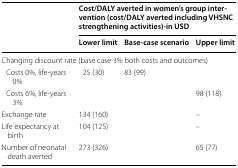
<table><thead><tr><td rowspan="2"></td><td colspan="3"><b>Cost/DALY averted in women’s group intervention (cost/DALY averted including VHSNC strengthening activities)-in USD</b></td></tr><tr><td><b>Lower limit</b></td><td><b>Base-case scenario</b></td><td><b>Upper limit</b></td></tr></thead><tbody><tr><td colspan="4">Changing discount rate (base case 3% both costs and outcomes)</td></tr><tr><td> Costs 0%, life-years 0%</td><td>25 (30)</td><td rowspan="5">83 (99)</td><td></td></tr><tr><td> Costs 6%, life-years 3%</td><td></td><td>98 (118)</td></tr><tr><td>Exchange rate</td><td>134 (160)</td><td>–</td></tr><tr><td>Life expectancy at birth</td><td>104 (125)</td><td>–</td></tr><tr><td>Number of neonatal death averted</td><td>273 (326)</td><td>65 (77)</td></tr></tbody></table>